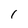
Character: I